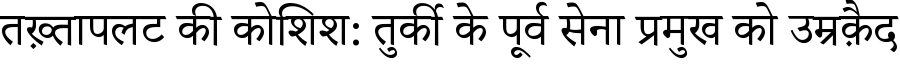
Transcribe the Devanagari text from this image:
तख़्तापलट की कोशिश: तुर्की के पूर्व सेना प्रमुख को उम्रक़ैद